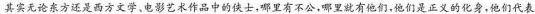
其实无论东方还是四方文学、电影艺术作品中的侠士，哪里有不公，哪里就有他们，他们是正义的化身，他们代表